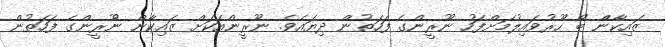
ޒައިކާންް ބޯ ހޫރުވައިލުމަށްފަހު ނޫރީންގެ ފަހަތުން ދިޔައެވެ. ނޫރީންއަކަށް ޒައިކާން ނޫރީންގެ ފަހަތުން